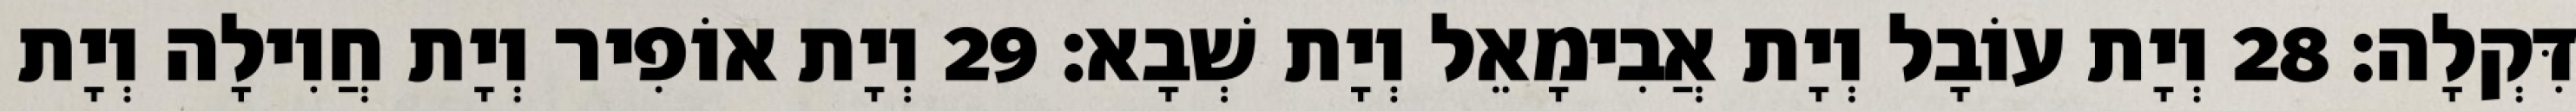
דִּקְלָה׃ 28 וְיָת עוֹבָל וְיָת אֲבִימָאֵל וְיָת שְׁבָא׃ 29 וְיָת אוֹפִיר וְיָת חֲוִילָה וְיָת